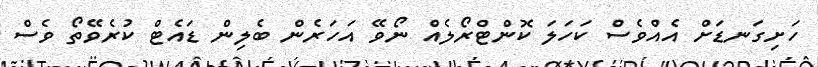
ހަށިގަނޑަށް އެއްވެސް ކަހަލަ ކޮންޓްރޯލެއް ނޯވޭ އަހަރެން ބެލިން ޑައެޓް ކުރެވޭތޯ ވެސް